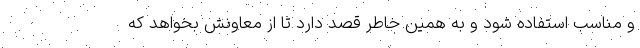
و مناسب استفاده شود و به همین خاطر قصد دارد تا از معاونش بخواهد که